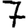
Digit: 7